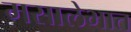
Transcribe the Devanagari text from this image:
मसालेभात